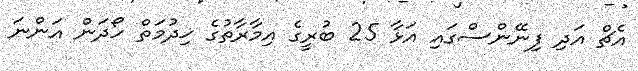
އެޗް އަދި ފިނޭންސްގައި އަޅާ 25 ބުރީގެ އިމާރާތުގެ ޚިދުމަތް ހޯދަން އަންނަ